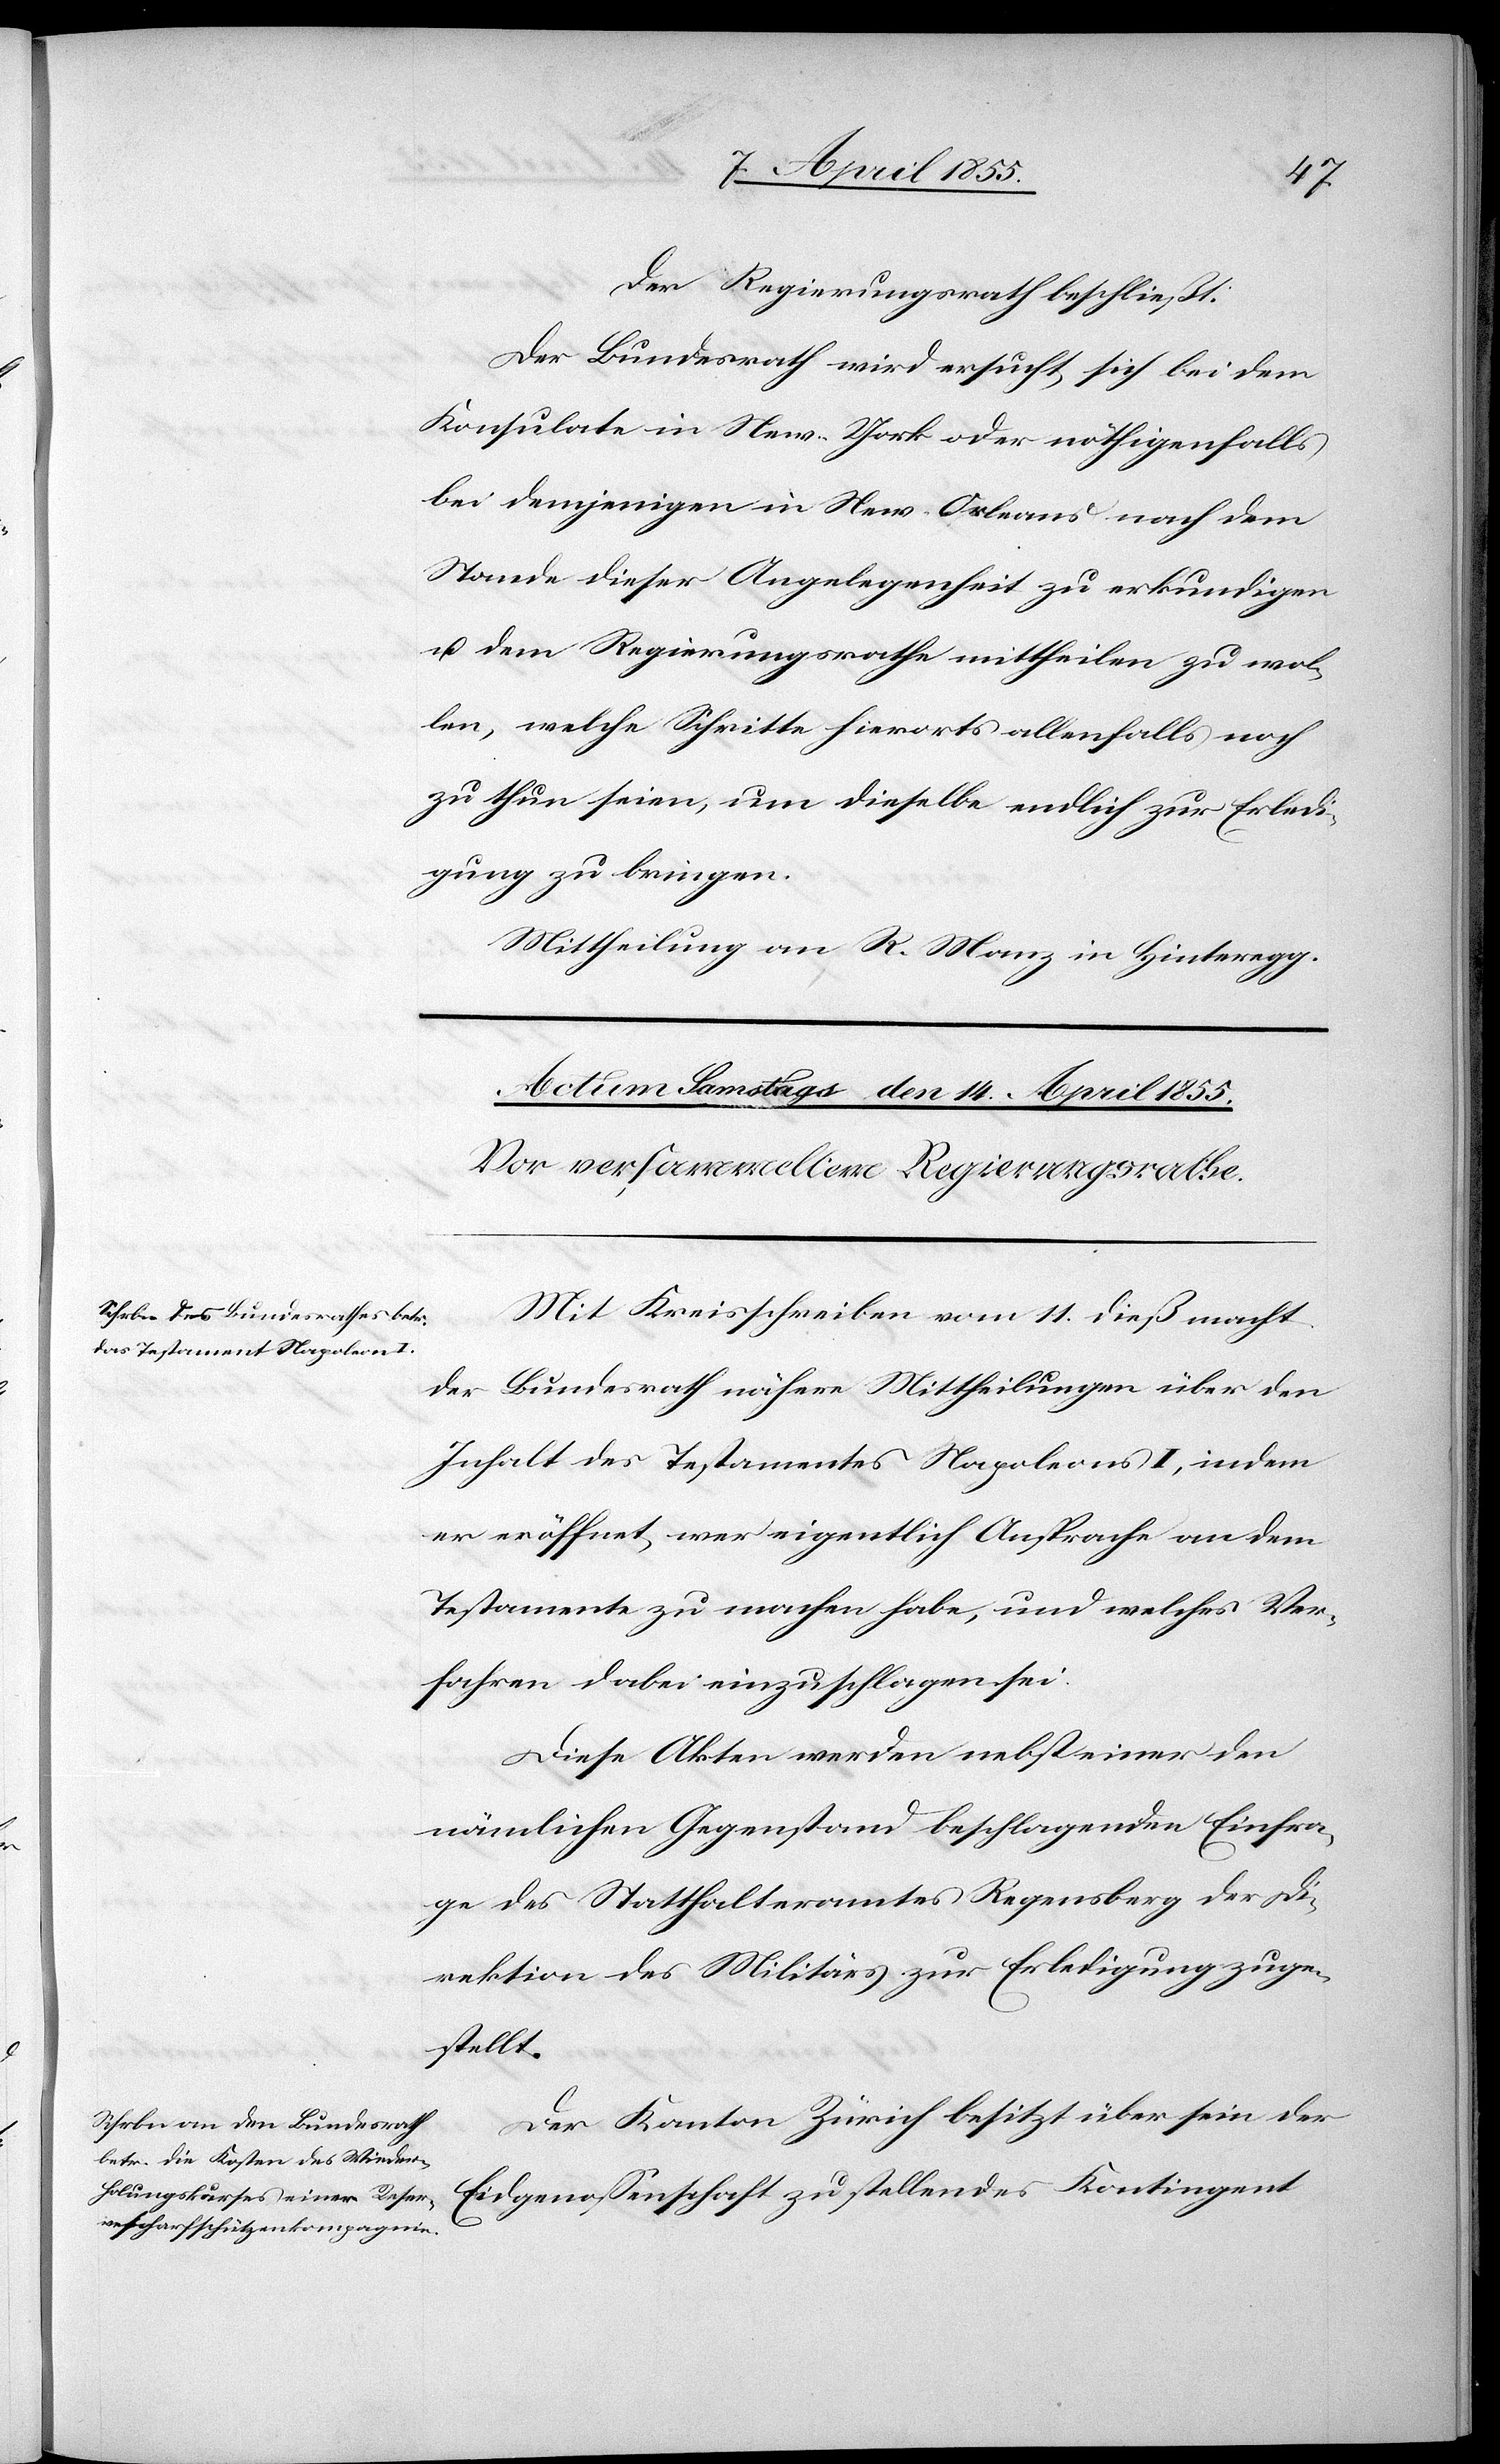
Der Regierungsrath beschließt:
Der Bundesrath wird ersucht, sich bei dem
Konsulate in New-York oder nöthigenfalls
bei demjenigen in New-Orleans nach dem
Stande dieser Angelegenheit zu erkundigen
u. dem Regierungsrathe mittheilen zu wol¬
len, welche Schritte hierorts allenfalls noch
zu thun seien, um dieselbe endlich zur Erledi¬
gung zu bringen.
Mittheilung an R. [recte: K.] Manz in Hinteregg.
Mit Kreisschreiben vom 11. dieß macht
der Bundesrath nähere Mittheilungen über den
Inhalt des Testamentes Napoleons I, indem
er eröffnet, wer eigentlich Ansprache an dem
Testamente zu machen habe, und welches Ver¬
fahren dabei einzuschlagen sei.
Diese Akten werden nebst einer den
nämlichen Gegenstand beschlagenden Einfra¬
ge des Statthalteramtes Regensberg der Di¬
rektion des Militärs zur Erledigung zuge¬
stellt.
Der Kanton Zürich besitzt über sein der
Eidgenossenschaft zu stellendes Kontingent